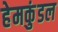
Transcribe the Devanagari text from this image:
हेमकुंडल